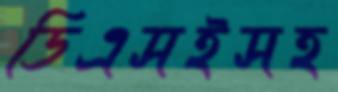
ডিএসইসহ